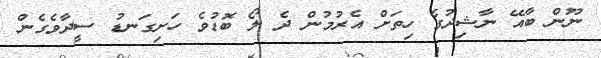
ނޫން ބާއޭ ނާޝިދުގެ ހިތަށް އެރުމުން ދެ ލޯ ބޮޑުވެ ހަށިގަނޑު ސީދާވެގެން